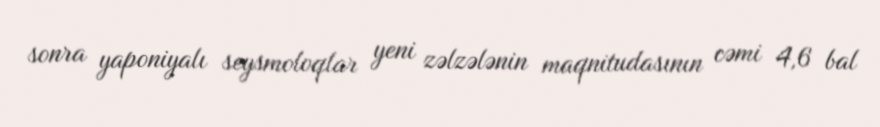
sonra yaponiyalı seysmoloqlar yeni zəlzələnin maqnitudasının cəmi 4,6 bal